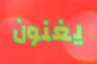
يغنون